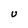
Character: U